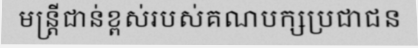
មន្ត្រីជាន់ខ្ពស់របស់គណបក្សប្រជាជន